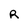
Character: R